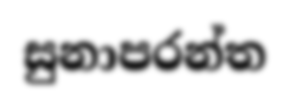
සුනාපරන්ත